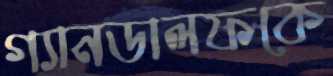
গ্যানডালফকে